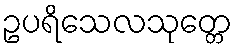
ဥပရိသေလသုတ္တေ